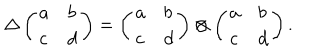
\Delta \left( \begin{array} { l l } { { a } } & { { b } } \\ { { c } } & { { d } } \\ \end{array} \right) = \left( \begin{array} { l l } { { a } } & { { b } } \\ { { c } } & { { d } } \\ \end{array} \right) \otimes \left( \begin{array} { l l } { { a } } & { { b } } \\ { { c } } & { { d } } \\ \end{array} \right) .